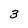
Character: 3